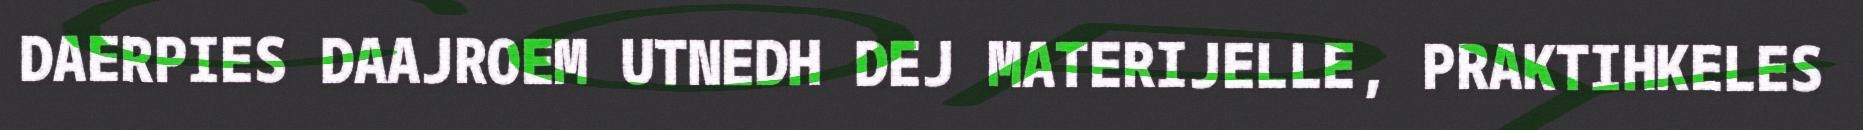
DAERPIES DAAJROEM UTNEDH DEJ MATERIJELLE, PRAKTIHKELES